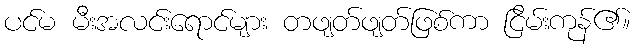
ပင်မ မီးအလင်းရောင်များ တဖျတ်ဖျတ်ဖြစ်ကာ ငြိမ်းကုန်၏။